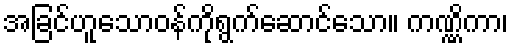
အခြင်ဟူသောဝန်ကိုရွက်ဆောင်သော။ ကဏ္ဏိကာ၊